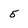
Character: 5